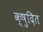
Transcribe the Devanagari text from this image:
क्षुदित